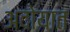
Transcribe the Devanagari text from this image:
अदोयात